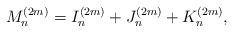
LaTeX: \begin{align*}M_n^{(2m)} =I^{(2m)}_n +J^{(2m)}_n+K^{(2m)}_n,\end{align*}